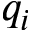
q _ { i }